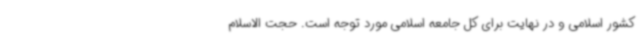
کشور اسلامی و در نهایت برای کل جامعه اسلامی مورد توجه است. حجت الاسلام